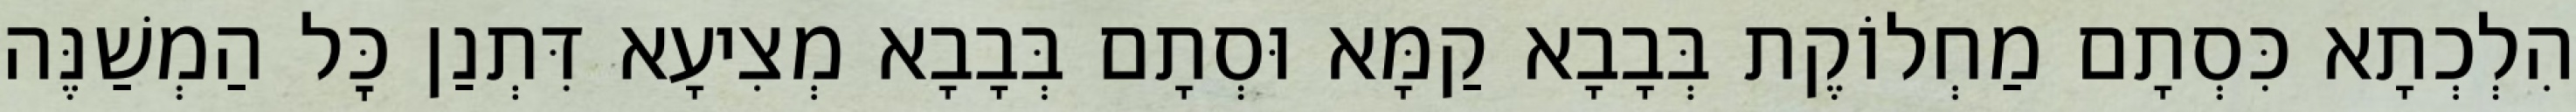
הִלְכְתָא כִּסְתָם מַחְלוֹקֶת בְּבָבָא קַמָּא וּסְתָם בְּבָבָא מְצִיעָא דִּתְנַן כׇּל הַמְשַׁנֶּה